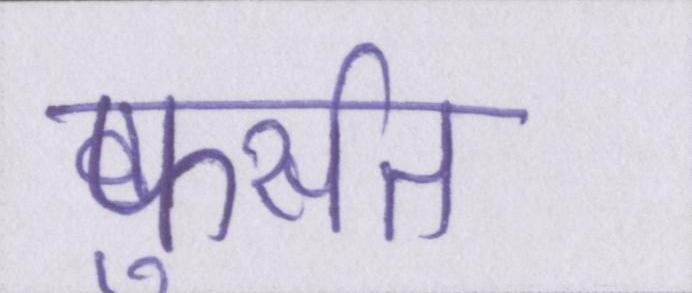
फुर्सत